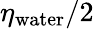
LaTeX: \eta_{\mathrm{water}}/2